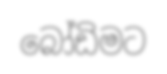
බෝඩිමට